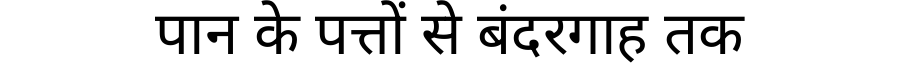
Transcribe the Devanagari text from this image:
पान के पत्तों से बंदरगाह तक